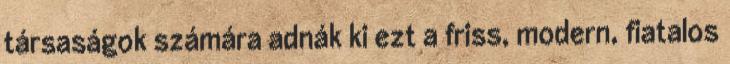
társaságok számára adnák ki ezt a friss, modern, fiatalos